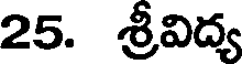
25. శ్రీవిద్య